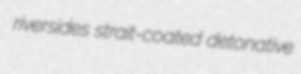
riversides strait-coated detonative